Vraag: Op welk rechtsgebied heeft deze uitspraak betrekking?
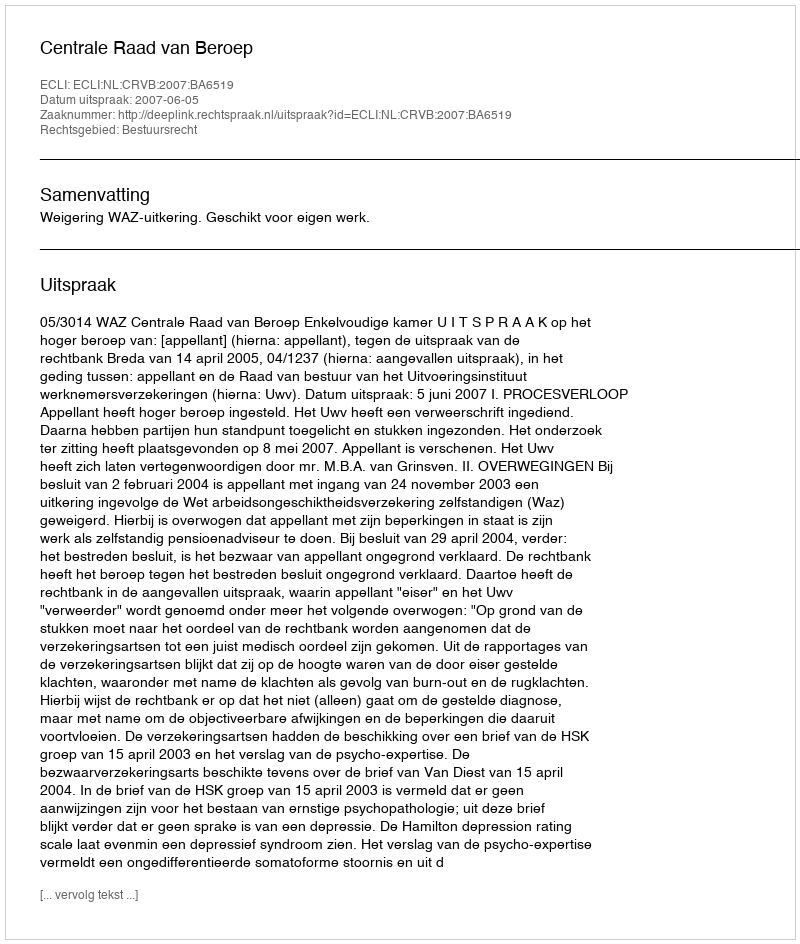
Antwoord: Bestuursrecht